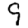
Digit: 9